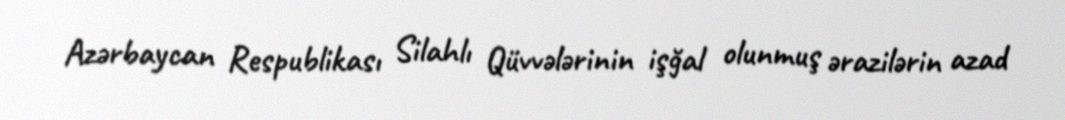
Azərbaycan Respublikası Silahlı Qüvvələrinin işğal olunmuş ərazilərin azad